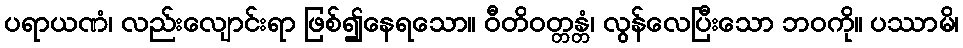
ပရာယဏံ၊ လည်းလျောင်းရာ ဖြစ်၍နေရသော။ ဝီတိဝတ္တန္တံ၊ လွန်လေပြီးသော ဘဝကို။ ပဿာမိ၊